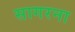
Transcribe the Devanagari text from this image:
सागरना